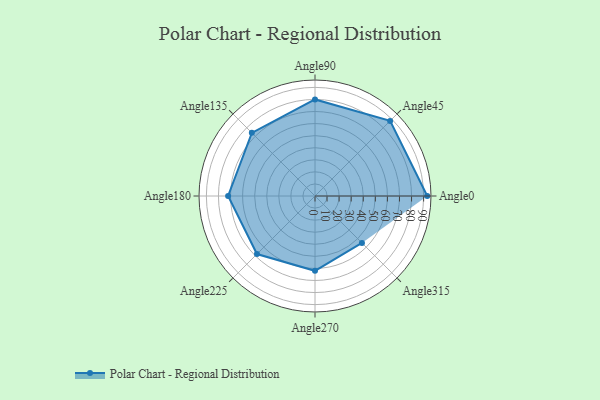
{"axis": {"x": "Angle", "y": "Radius"}, "legend": [""], "data": [{"x": "Angle0", "y": 93.0, "type": ""}, {"x": "Angle45", "y": 88.0, "type": ""}, {"x": "Angle90", "y": 80.0, "type": ""}, {"x": "Angle135", "y": 74.0, "type": ""}, {"x": "Angle180", "y": 72.0, "type": ""}, {"x": "Angle225", "y": 68.0, "type": ""}, {"x": "Angle270", "y": 62.0, "type": ""}, {"x": "Angle315", "y": 55.0, "type": ""}]}